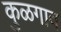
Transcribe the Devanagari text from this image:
कुळगाव